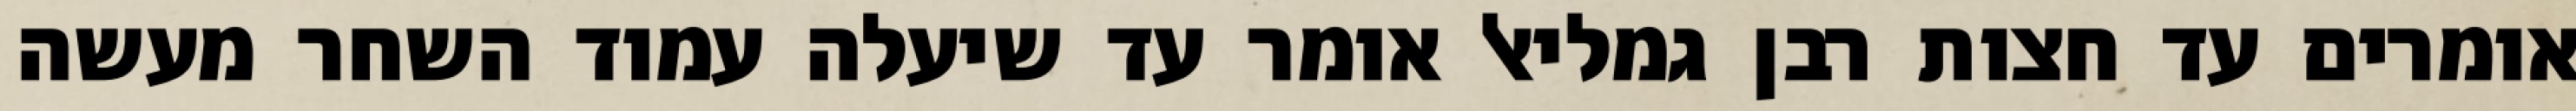
אומרים עד חצות רבן גמליאל אומר עד שיעלה עמוד השחר מעשה